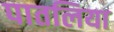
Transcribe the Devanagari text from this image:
पातलिया